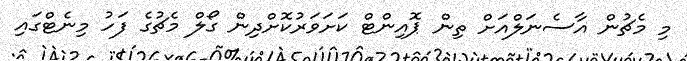
މި މެޗުން އާސެނަލްއަށް ތިން ޕޮއިންޓް ކަށަވަރުކޮށްދިން ގޯލް މެޗުގެ ފަހު މިނެޓްގައި